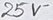
Text: 25V